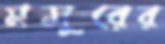
মসুরের